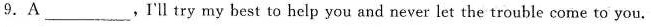
9.A_______,Ill try my best to help you and never let the trouble come to you.